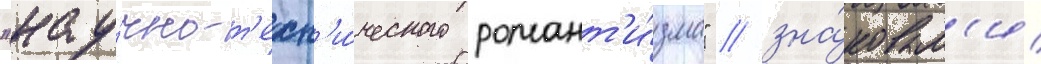
"нау́чно-т'ехн'и́ческого романт'и́зма" / зна́ковым'и